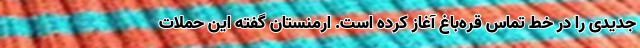
جدیدی را در خط تماس قره‌باغ آغاز کرده است. ارمنستان گفته این حملات